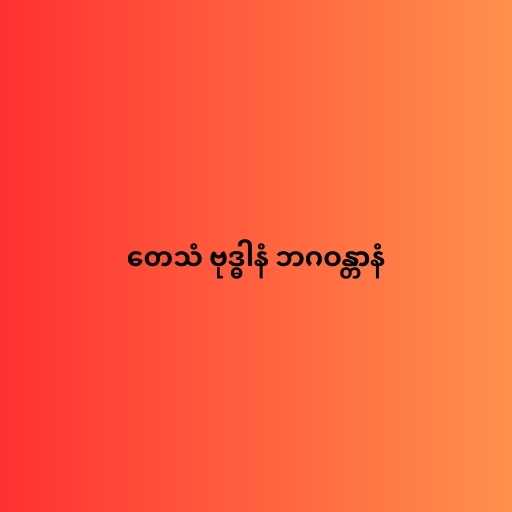
တေသံ ဗုဒ္ဓါနံ ဘဂဝန္တာနံ